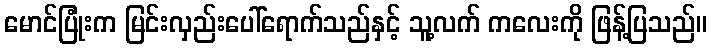
မောင်ပြုံးက မြင်းလှည်းပေါ်ရောက်သည်နှင့် သူ့လက် ကလေးကို ဖြန့်ပြသည်။